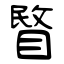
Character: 睯